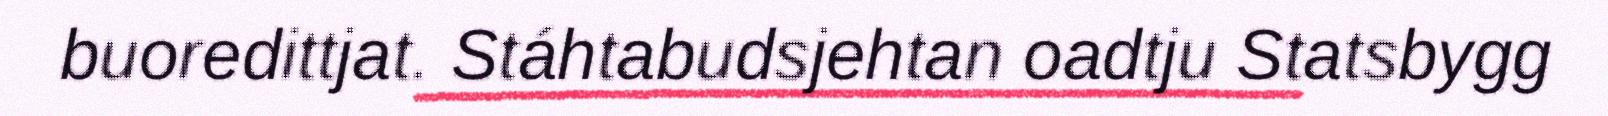
buoredittjat. Stáhtabudsjehtan oadtju Statsbygg